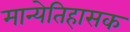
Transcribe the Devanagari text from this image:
मान्येतिहासक